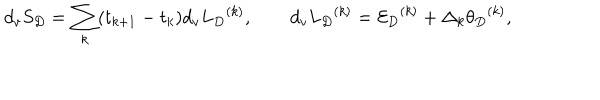
d _ { v } S _ { D } = \sum _ { k } ( t _ { k + 1 } - t _ { k } ) d _ { v } { L _ { D } } ^ { ( k ) } , \qquad d _ { v } { L _ { D } } ^ { ( k ) } = { { \cal E } _ { D } } ^ { ( k ) } + \Delta _ { k } { \theta _ { D } } ^ { ( k ) } ,